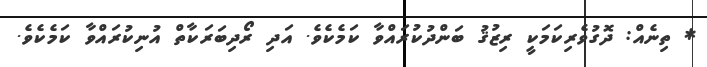
* ތިނެއް: ދޮގުވެރިކަމަކީ ރިޒުޤު ބަންދުކުރައްވާ ކަމެކެވެ. އަދި ރޯދިބަރަކާތް އުނިކުރައްވާ ކަމެކެވެ.